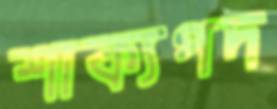
শাক্যপদ